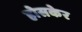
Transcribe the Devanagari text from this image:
होसकेर